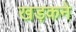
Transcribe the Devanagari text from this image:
खड़कने